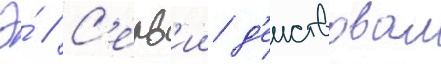
Э́ // С'ерв'ии д'еиствовал